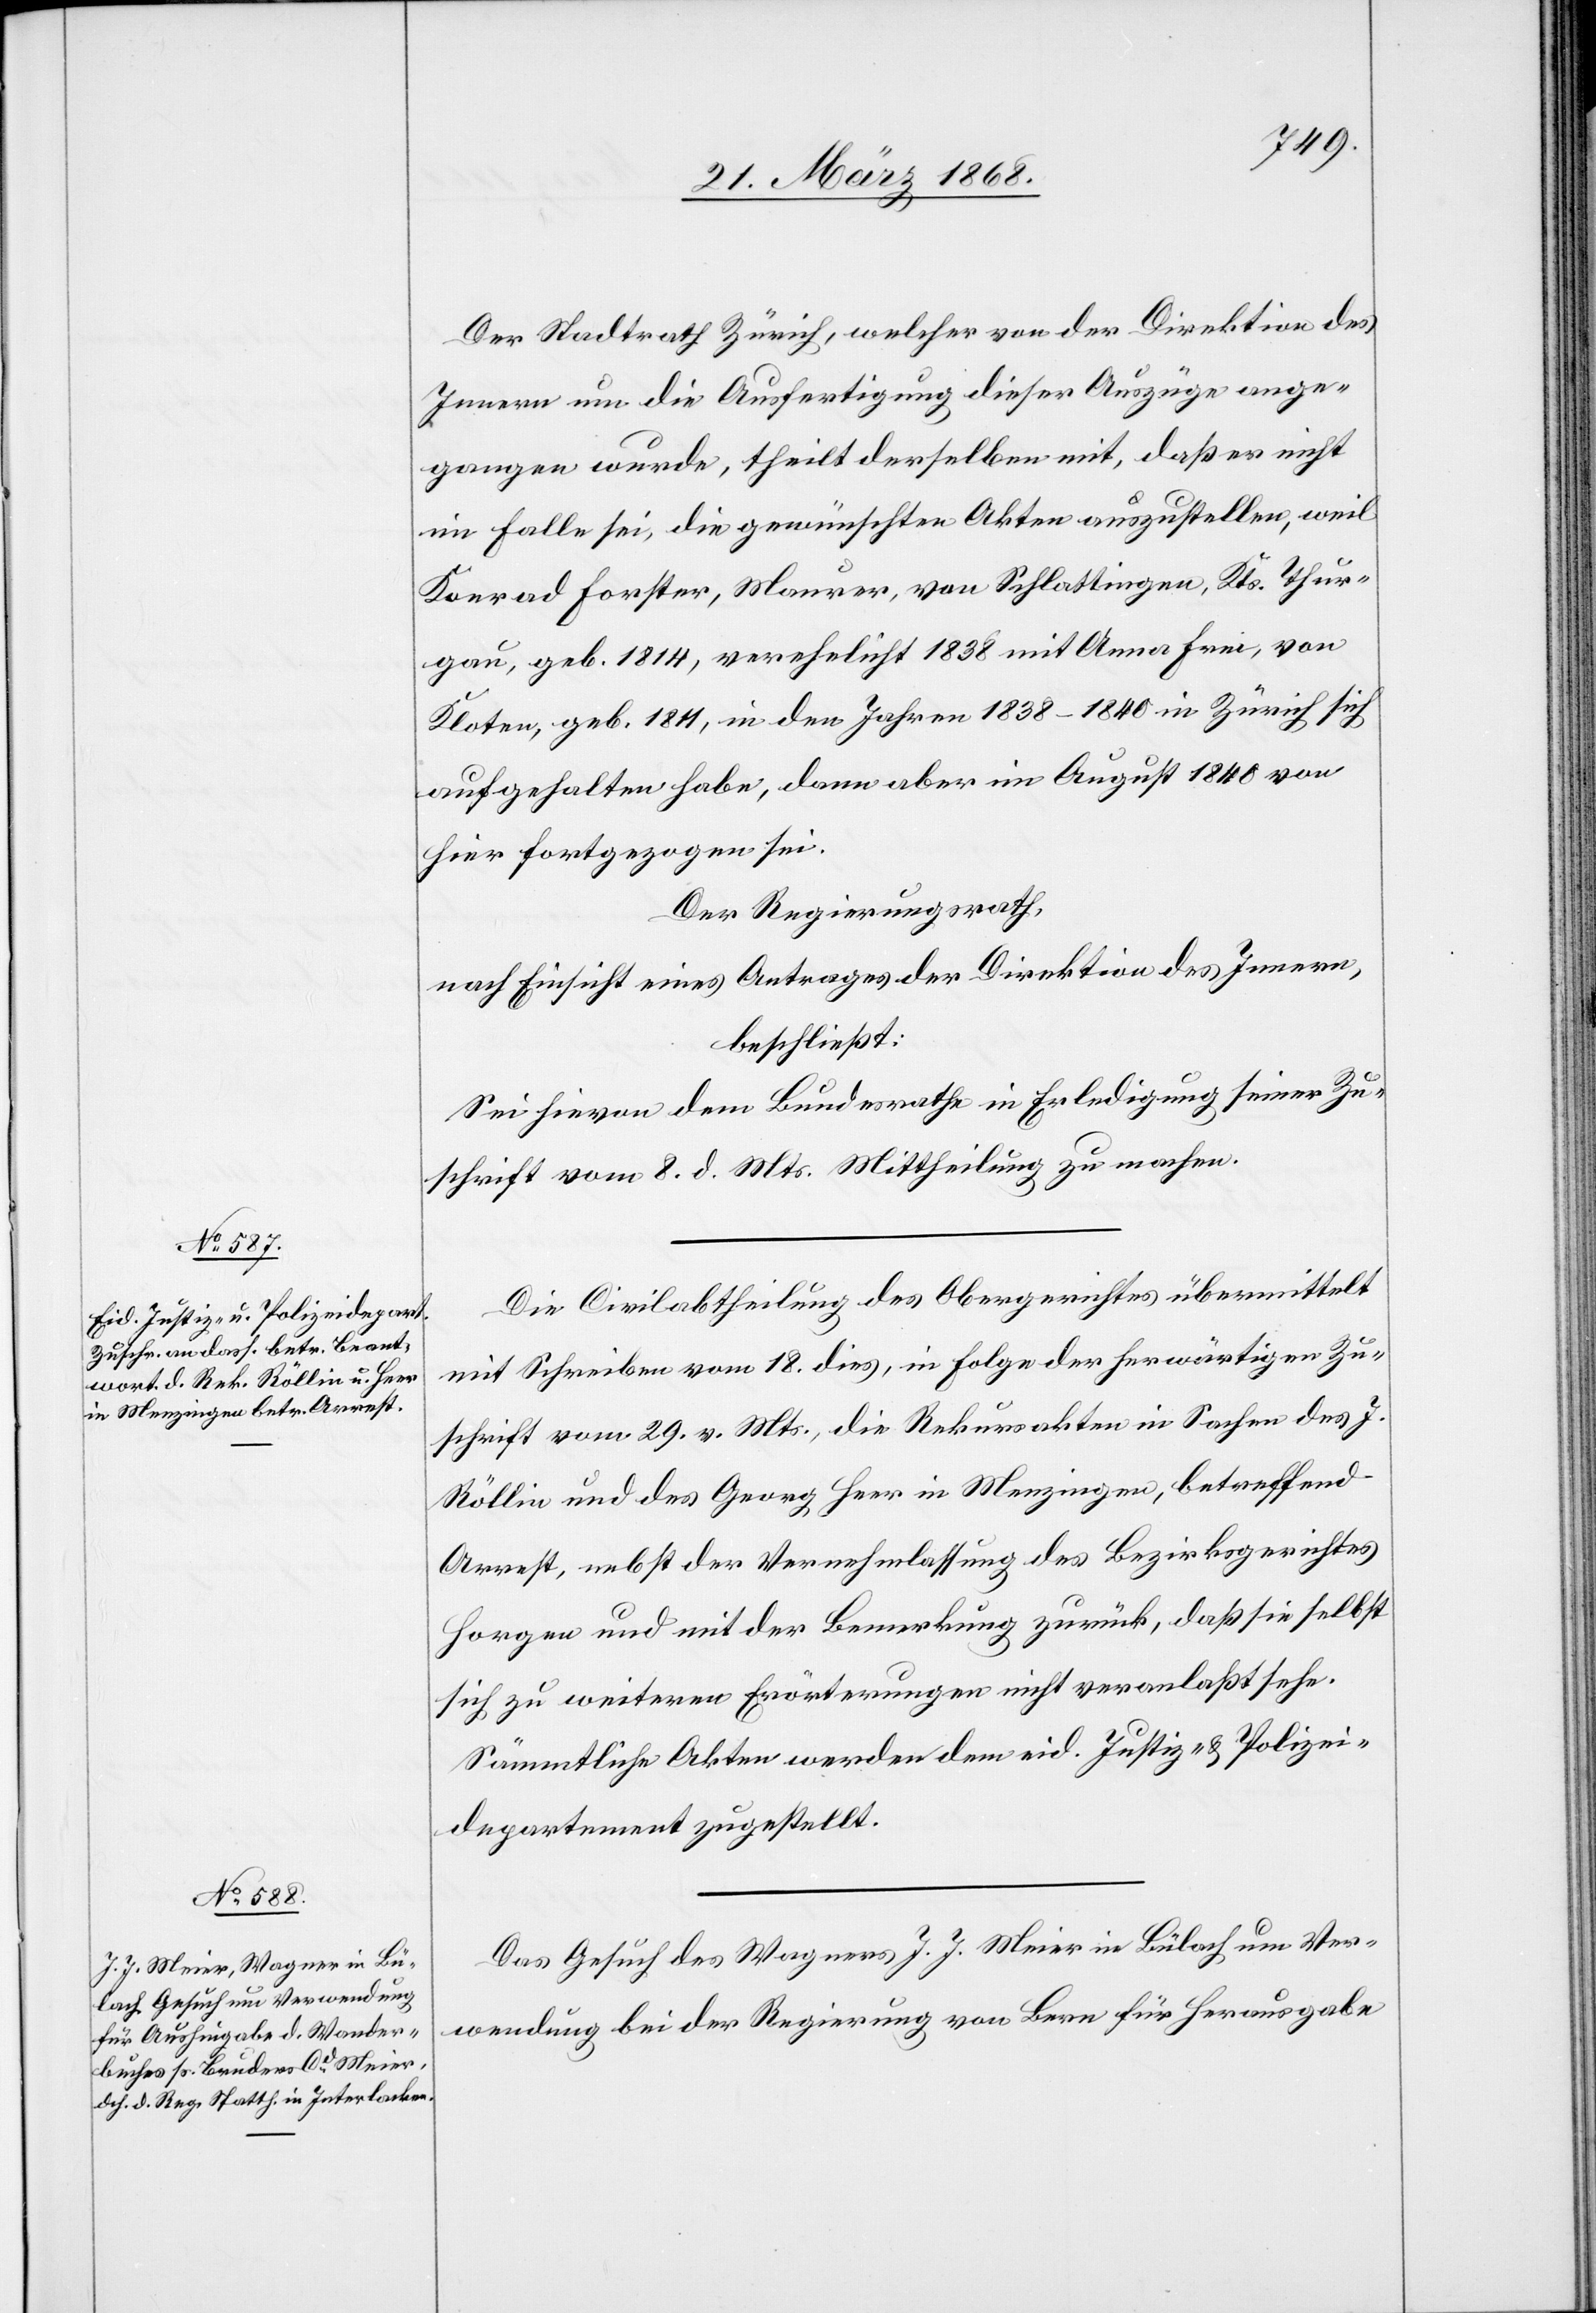
24. März 1868.]
Der Stadtrath Zürich, welcher von der Direktion des
Innern um die Ausfertigung dieser Auszüge ange¬
gangen wurde, theilt derselben mit, daß er nicht
im Falle sei, die gewünschten Akten auszustellen, weil
Konrad Forster, Maurer, von Schlattingen, Kts. Thur¬
gau, geb. 1814, verehelicht 1838 mit Anna Frei, von
Kloten, geb. 1811, in den Jahren 1838–1840 in Zürich sich
aufgehalten habe, dann aber im August 1840 von
hier fortgezogen sei.
Der Regierungsrath,
nach Einsicht eines Antrages der Direktion des Innern,
beschließt:
Sei hievon dem Bundesrathe in Erledigung seiner Zu¬
schrift vom 8. d. Mts. Mittheilung zu machen.
Die Civilabtheilung des Obergerichtes übermittelt
mit Schreiben vom 18. dies, in Folge der herwärtigen Zu¬
schrift vom 29. v. Mts., die Rekursakten in Sachen des J.
Röllin und des Georg Heer in Menzingen, betreffend
Arrest, nebst der Vernehmlassung des Bezirksgerichtes
Horgen und mit der Bemerkung zurück, daß sie selbst
sich zu weiteren Erörterungen nicht veranlaßt sehe.
Sämmtliche Akten werden dem eid. Justiz- & Polizei¬
departement zugestellt.
Das Gesuch des Wagners J. J. Meier in Bülach um Ver¬
wendung bei der Regierung von Bern für Herausgabe